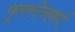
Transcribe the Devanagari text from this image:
फुरस्टेनबर्ग